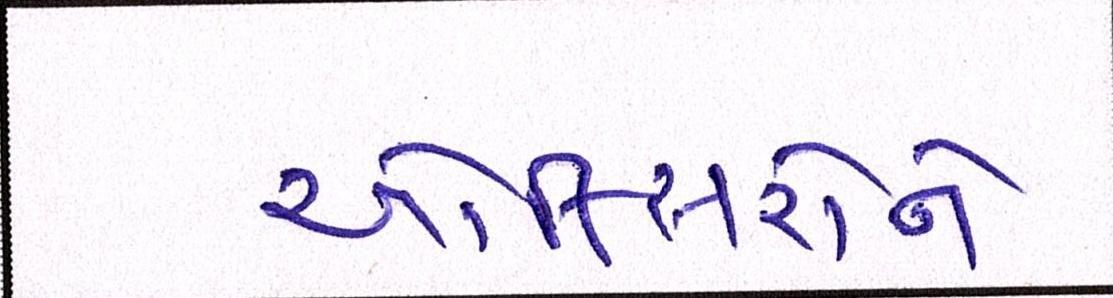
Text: ઓફિસરોને